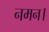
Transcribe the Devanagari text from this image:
नमन।